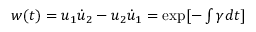
\begin{array} { r } { w ( t ) = u _ { 1 } \dot { u } _ { 2 } - u _ { 2 } \dot { u } _ { 1 } = \exp [ - \int \gamma d t ] } \end{array}